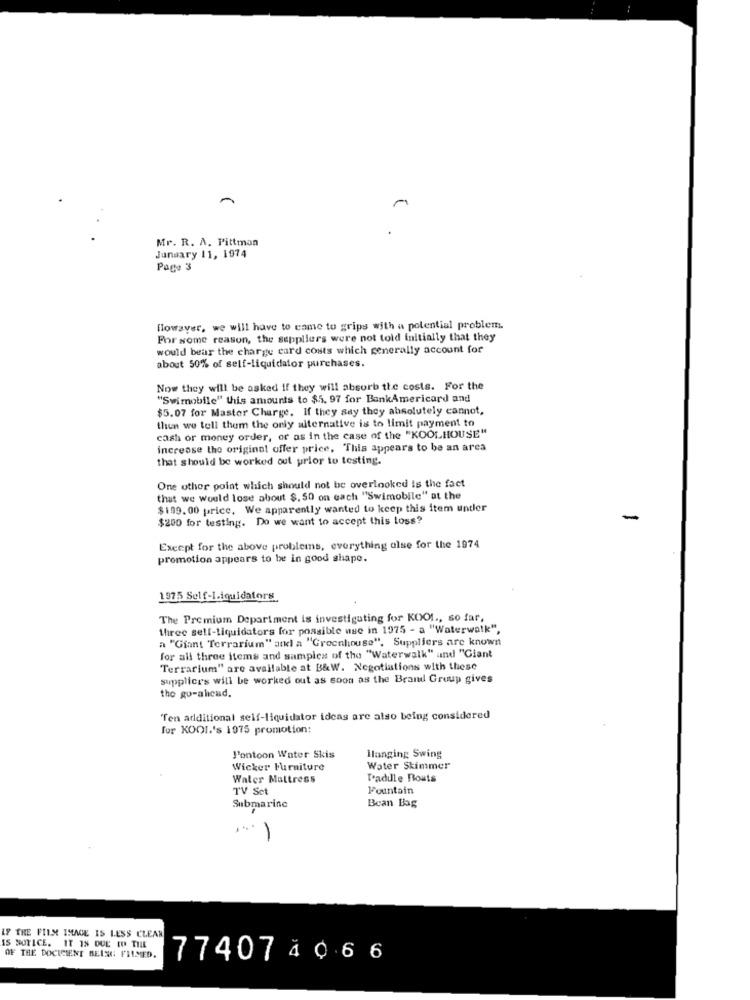
.
Mr. R. A. Pittman
January 11, 1974
Page 3
flowaver, we will have to come to grips with a potential problem.
For some reason, the suppliers were not told initially that they
would bear the charge card costs which generally account for
about 50% of self-liquidator purchases.
Now they will be asked if they will absorb the costs. For the
"Swimobile" this amounts to $5. 97 for BankAmericard and
$5.07 for Master Charge. If they say they absolutely cannot,
then we tell them the only alternative is to limit payment to
cash or money order, or as in the case of the "KOOLHOUSE"
increase the original offer price. "This appears to be an arca
that should be worked out prior to testing.
One other point which should not be overlooked is the fact
that we would lose about $. 50 on each "Swimobile" at the
$199.00 price, We apparently wanted to keep this item under
$200 for testing. Do we want to accept this loss?
-
Except for the above problems, everything else for the 1974
promotion appears to be in good shape.
1975 Self-Liquidators
The Premium Department is investigating for KOOI ., so far,
three self-liquidators for possible use in 1975 - a "Waterwalk",
a "Giant Terrarium" and a "Greenhouse". Suppliers are known
for all three items and samples of the "Waterwalk" and "Giant
Terrarium" are available at B&W. Negotiations with these
supplice's will be worked out as soon as the Brand Group gives
the go-ahead.
'Ten additional self-liquidator ideas are also being considered
for KOOI.'s 1975 promotion:
l'ontoon Water Skis
Ilanging Swing
Wicker Furniture
Water Skimmer
Water Mattress
T'adille Bouts
TV Set
Fountain
Bean Bag
Submarine
.
LF THE FILM IMAGE IS LESS CLEAR
IS NOTICE. IT IS DUE TO THE
OF THE DOCICIENT BELS: FILMED.
77407 4 0.6